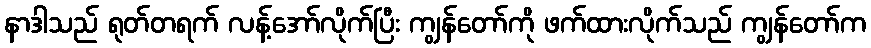
နာဒါသည် ရုတ်တရက် လန့်အော်လိုက်ပြီး ကျွန်တော်ကို ဖက်ထားလိုက်သည် ကျွန်တော်က